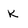
Character: K